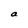
Character: a